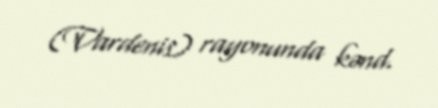
(Vardenis) rayonunda kənd.